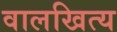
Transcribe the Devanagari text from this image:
वालखित्य